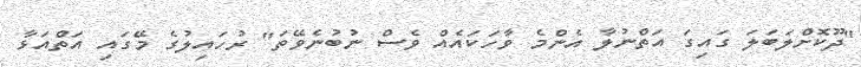
"ދޫކޮށްލަބަލަ ގައިގަ އަތްނުލާ އެންމެ ވާހަކައެއް ވެސް ނުބުނެވޭތަ" ރުހައިލުގެ މޭގައި އަތްއަޅާ